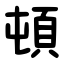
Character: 頓